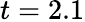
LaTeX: t=2.1